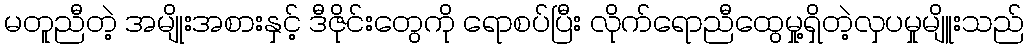
မတူညီတဲ့ အမျိုးအစားနှင့် ဒီဇိုင်းတွေကို ရောစပ်ပြီး လိုက်ရောညီထွေမှု့ရှိတဲ့လှပမှုမျိူးသည်